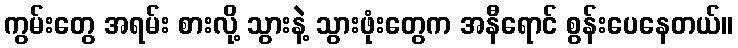
ကွမ်းတွေ အရမ်း စားလို့ သွားနဲ့ သွားဖုံးတွေက အနီရောင် စွန်းပေနေတယ်။